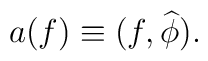
a(f) \equiv (f,\widehat\phi).